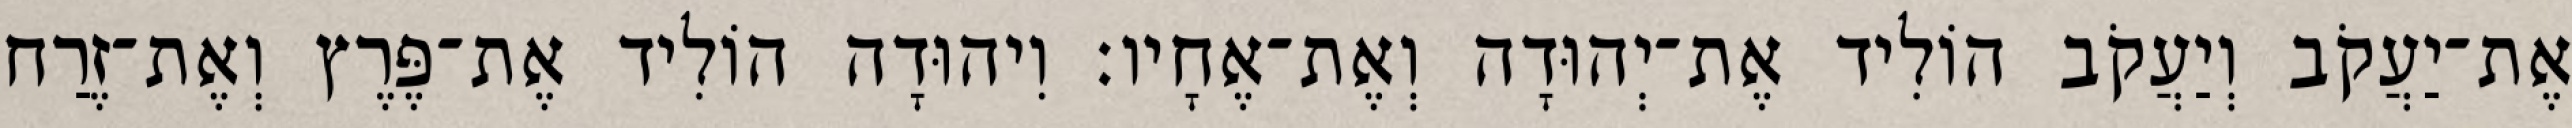
אֶת־יַעֲקֹב וְיַעֲקֹב הוֹלִיד אֶת־יְהוּדָה וְאֶת־אֶחָיו׃ וִיהוּדָה הוֹלִיד אֶת־פֶּרֶץ וְאֶת־זֶרַח